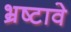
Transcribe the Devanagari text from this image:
भ्रष्टावे